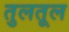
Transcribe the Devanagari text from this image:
तुलतूल